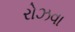
રોઝવા